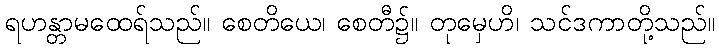
ရဟန္တာမထေရ်သည်။ စေတိယေ၊ စေတီ၌။ တုမှေဟိ၊ သင်ဒကာတို့သည်။